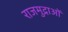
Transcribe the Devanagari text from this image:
राजमुद्राओं